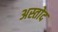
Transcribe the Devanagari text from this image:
अस्तोद